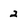
Character: 2